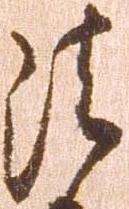
法